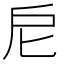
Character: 𢨩